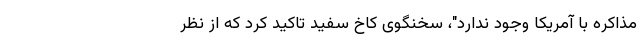
مذاکره با آمریکا وجود ندارد"، سخنگوی کاخ سفید تاکید کرد که از نظر